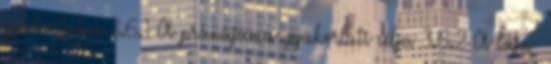
gyakorlatai 3.6.1 A pránájáma gyakorlati célja 3.6.2 A laja-